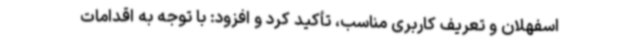
اسفهلان و تعریف کاربری مناسب، تأکید کرد و افزود: با توجه به اقدامات